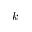
k